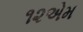
૧૨એમ